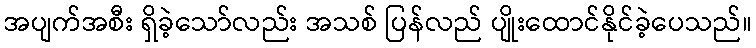
အပျက်အစီး ရှိခဲ့သော်လည်း အသစ် ပြန်လည် ပျိုးထောင်နိုင်ခဲ့ပေသည်။